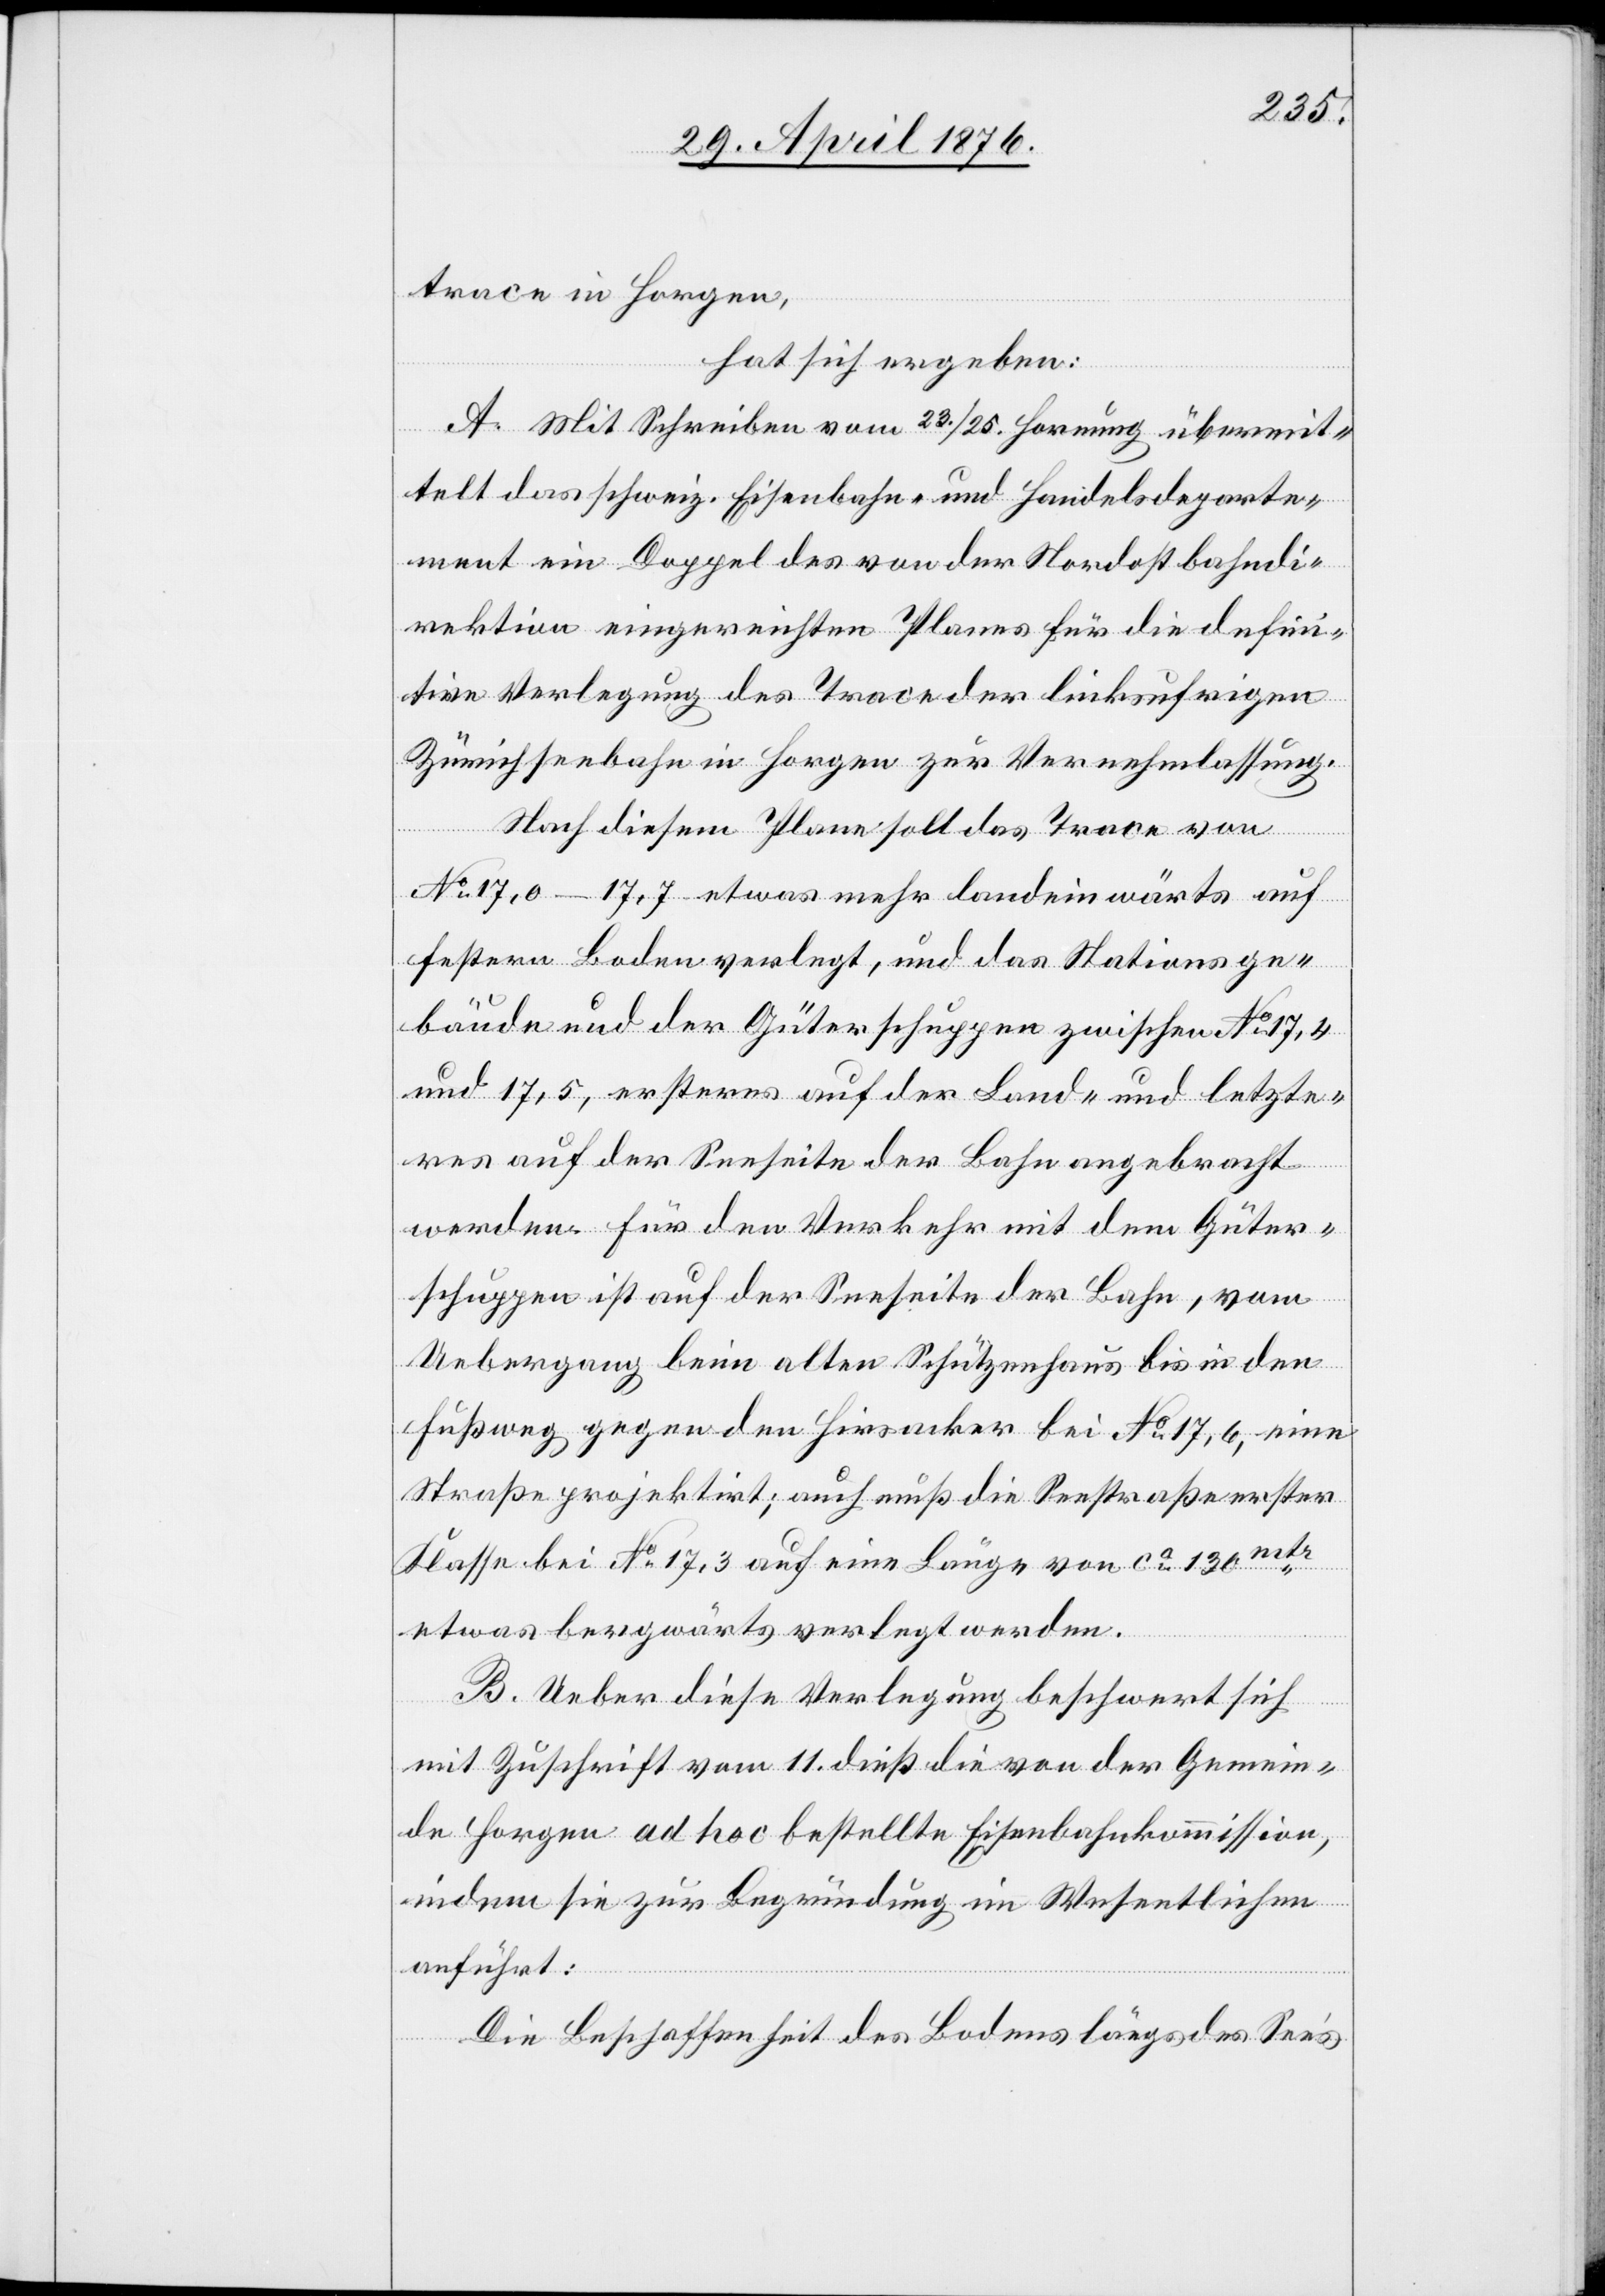
trace in Horgen,
hat sich ergeben:
A. Mit Schreiben vom 23./25. Hornung übermit¬
telt das schweiz. Eisenbahn- und Handelsdeparte¬
ment ein Doppel des von der Nordostbahndi¬
rektion eingereichten Planes für die defini¬
tive Verlegung des Trace der linksufrigen
Zürichseebahn in Horgen zur Vernehmlassung.
Nach diesem Plane soll das Trace von
No 17,0–17,7 etwas mehr landeinwärts auf
festern Boden verlegt, und das Stationsge¬
bäude und der Güterschuppen zwischen No 17,4
und No 17,5, ersteres auf der Land- und letzte¬
res auf der Seeseite der Bahn angebracht
werden. Für den Verkehr mit dem Güter¬
schuppen ist auf der Seeseite der Bahn, vom
Uebergang beim alten Schützenhaus bis in den
Fußweg gegen den Hirsacker bei No 17,6, eine
Straße projektirt; auch muß die Seestraße erster
Klasse bei No 17,3 auf eine Länge von ca 130mtr
etwas bergwärts verlegt werden.
B. Ueber diese Verlegung beschwert sich
mit Zuschrift vom 11. dieß die von der Gemein¬
de Horgen ad hoc bestellte Eisenbahnkommission,
indem sie zur Begründung im Wesentlichen
anführt:
Die Beschaffenheit des Bodens längs des Sees